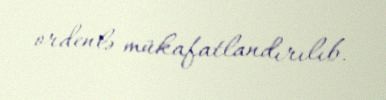
ordenlə mükafatlandırılıb.